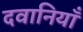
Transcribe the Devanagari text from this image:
दवानियाँ